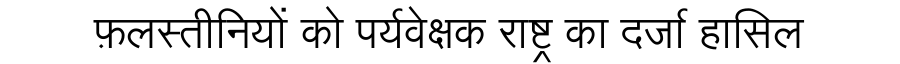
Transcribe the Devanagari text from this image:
फ़लस्तीनियों को पर्यवेक्षक राष्ट्र का दर्जा हासिल